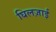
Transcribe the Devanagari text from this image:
घिलज़ाई